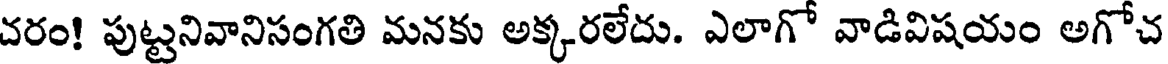
చరం! పుట్టనివానిసంగతి మనకు అక్కరలేదు. ఎలాగో వాడివిషయం అగోచ